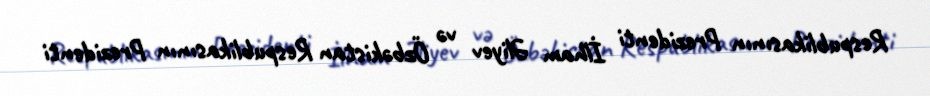
Respublikasının Prezidenti İlham Əliyev və Özbəkistan Respublikasının Prezidenti